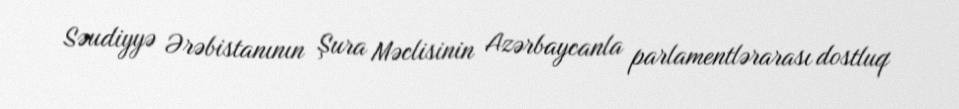
Səudiyyə Ərəbistanının Şura Məclisinin Azərbaycanla parlamentlərarası dostluq